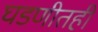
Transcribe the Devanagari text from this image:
घडणीतही